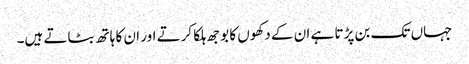
جہاں تک بن پڑتا ہے ان کے دکھوں کا بوجھ ہلکا کرتے اور ان کا ہاتھ بٹاتے ہیں۔